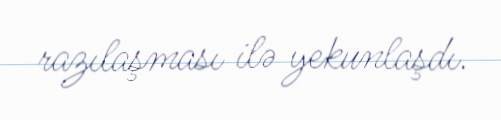
razılaşması ilə yekunlaşdı.